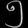
Digit: ၅